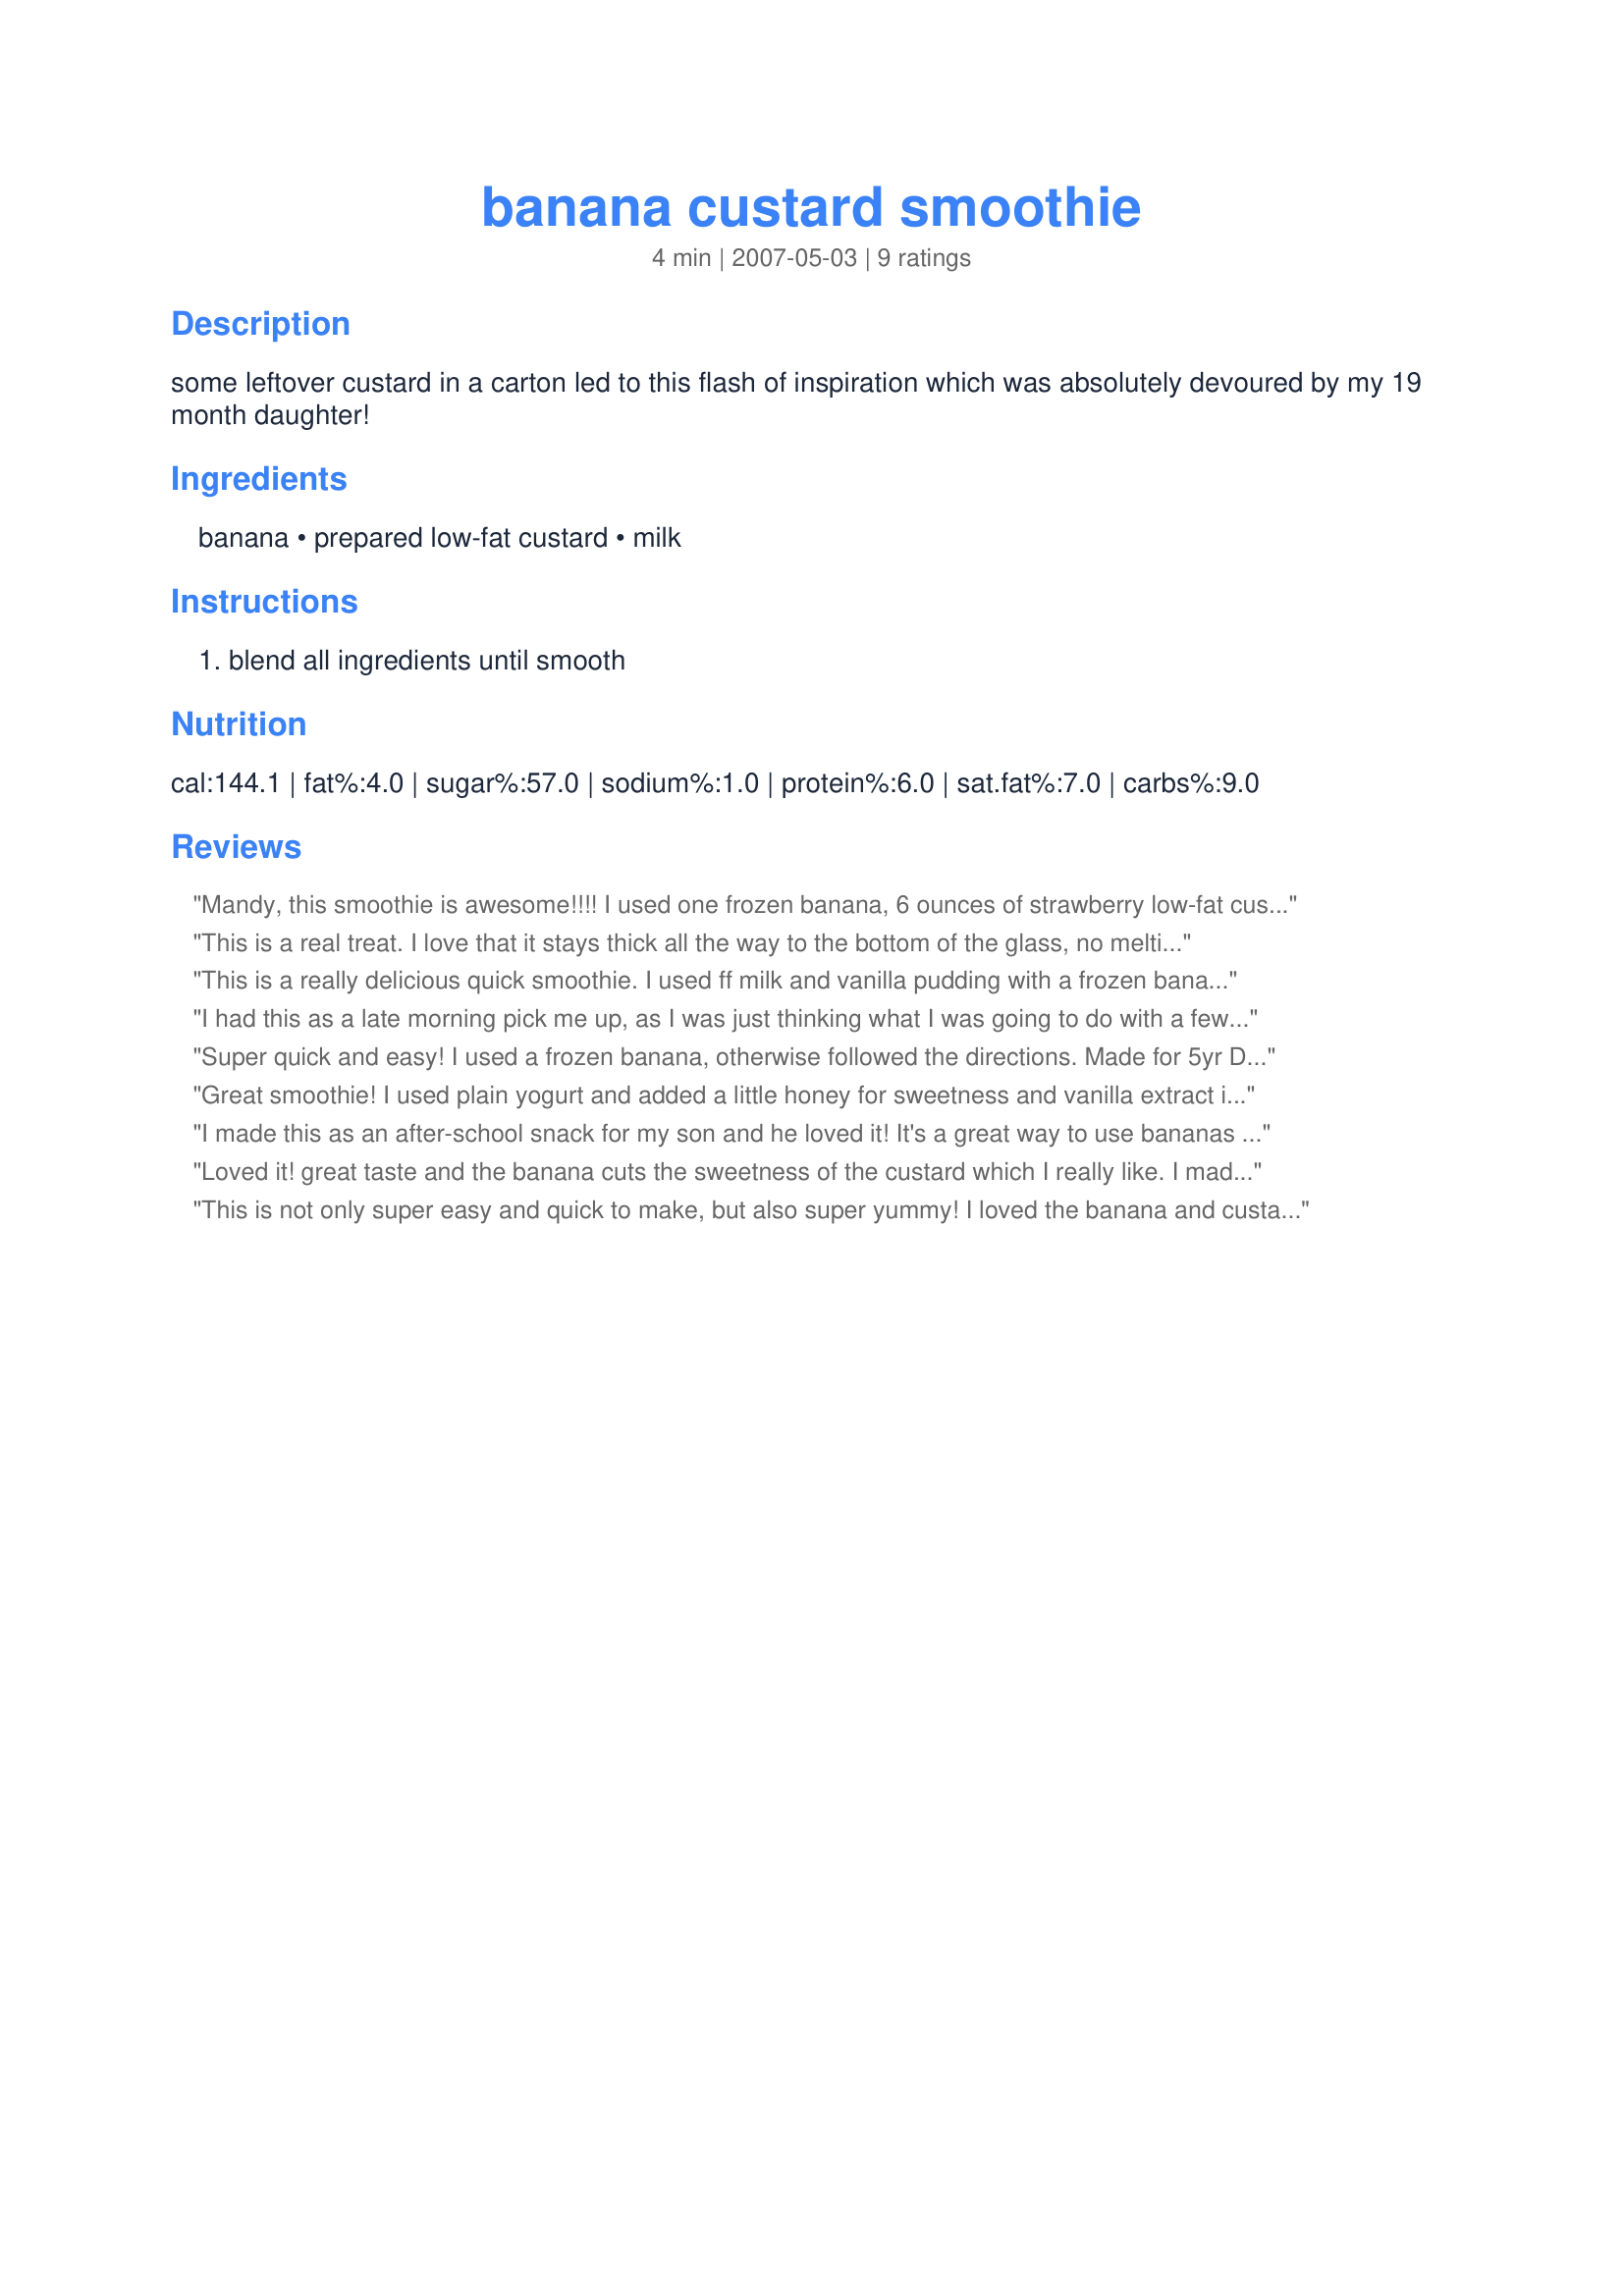
banana custard smoothie
Preparation time: 4 minutes

some leftover custard in a carton led to this flash of inspiration which was absolutely devoured by my 19 month daughter!

Ingredients:
banana, prepared low-fat custard, milk

Steps:
blend all ingredients until smooth

Reviews:
Mandy, this smoothie is awesome!!!! I used one frozen banana, 6 ounces of strawberry low-fat custard style yogurt and 1/4 cup of half and half. I put these three ingredients in my Magic Bullet Blender for under a minute and it was ready to drink. The taste is amazing and the texture as smooth as silk. I will be making this again and again. Thanks so much!
This is a real treat. I love that it stays thick all the way to the bottom of the glass, no melting. I used fat free plain yogurt with some Splenda and about 1/4 tsp of vanilla for a custard stand in. It has a good strong banana taste and has a decadent mouth feel. This is a keeper that will help me get the Dr. recommended amount of banana that I have been falling way short on. Thanks for this one Mandy
This is a really delicious quick smoothie. I used ff milk and vanilla pudding with a frozen banana. A nice creamy smooth drink, perfect for the morning rush!
I had this as a late morning pick me up, as I was just thinking what I was going to do with a few bananas that were aging on the countertop. Yummy! Made for ZWT 3
Thanks for sharing. Nick's Mom
Super quick and easy! I used a frozen banana, otherwise followed the directions. Made for 5yr DS and I to share, but he ended up drinking just about all of it! Will make this again. Made for I Recommend Tag.
Great smoothie! I used plain yogurt and added a little honey for sweetness and vanilla extract in place of the custard. A great, quick breakfast on the go! Made for Bev. Tag May 2008.
I made this as an after-school snack for my son and he loved it! It's a great way to use bananas that are a little too ripe for eating out-of-hand. What made this recipe really stand out, though, was the addition of the egg custard. It provided such a richness of flavor and made this so much better than most of the other smoothie recipes I've tried. Thanks for posting your yummy and creative recipe, Mandy!
Loved it! great taste and the banana cuts the sweetness of the custard which I really like. I made my own custard and it turned out a little thick so mine was like a lovely dessert rather than a smoothie, next time I will add more milk and drink it becuase either way it tastes great. Please see my rating system: an excellent quick and simple recipe that I will definiately be making agin. Thanks!
This is not only super easy and quick to make, but also super yummy! I loved the banana and custard flavour together and enjoyed this as a sweet and nearly guilt-free treat. :)<br/>I used a soy custard and rice milk and it worked out really nicely. THANK YOU SO MUCH for sharing this recipe here with us, Mandy!<br/>Made and reviewed for Aussie/NZ Recipe Swap #50 March 2011.
